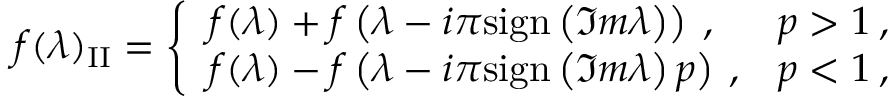
f ( \lambda ) _ { \mathrm { I I } } = \left\{ \begin{array} { l l } { { f ( \lambda ) + f \left( \lambda - i \pi \mathrm { s i g n } \left( \Im m \lambda \right) \right) \: , } } & { { p > 1 \: , } } \\ { { f ( \lambda ) - f \left( \lambda - i \pi \mathrm { s i g n } \left( \Im m \lambda \right) p \right) \: , } } & { { p < 1 \: , } } \end{array} \right.